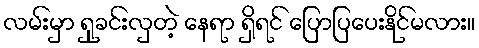
လမ်းမှာ ရှုခင်းလှတဲ့ နေရာ ရှိရင် ပြောပြပေးနိုင်မလား။